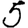
Digit: 5